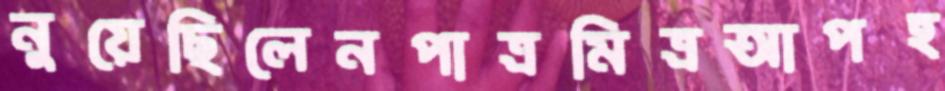
নুয়েছিলেনপাত্রমিত্রআপহ